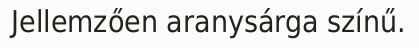
Jellemzően aranysárga színű.